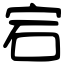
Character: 宕